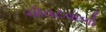
ચીવટવાળો